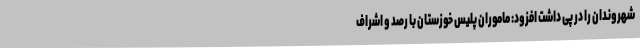
شهروندان را در پی داشت افزود: ماموران پلیس خوزستان با رصد و اشراف